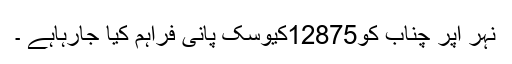
نہر اپر چناب کو12875کیوسک پانی فراہم کیا جارہاہے ۔